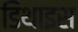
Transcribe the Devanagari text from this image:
डिथाइस